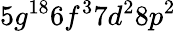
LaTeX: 5g^{18}6f^{3}7d^{2}8p^{2}